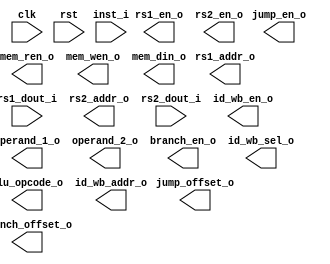
module si_inst_decode #(
    parameter INST_DW   = 32,
    parameter INST_AW   = 32,
    parameter MEM_AW    = 32,
    parameter REG_DW    = 32,
    parameter REG_AW    = 5,
    parameter ALUOP_DW  = 5

) (
    input                   clk,
    input                   rst,
    // instruction
    input   [INST_DW-1:0]   inst_i,
    // regfile
    output                  rs1_en_o,
    output  [REG_AW-1:0]    rs1_addr_o,
    input   [REG_DW-1:0]    rs1_dout_i,
    output                  rs2_en_o,
    output  [REG_AW-1:0]    rs2_addr_o,
    input   [REG_DW-1:0]    rs2_dout_i,
    // alu
    output  [ALUOP_DW-1:0]  alu_opcode_o,
    output  [REG_DW-1:0]    operand_1_o,
    output  [REG_DW-1:0]    operand_2_o,
    output                  branch_en_o,
    output  [INST_AW-1:0]   branch_offset_o,
    output                  jump_en_o,
    output  [INST_AW-1:0]   jump_offset_o,
    // mem-access
    output                  mem_ren_o,
    output                  mem_wen_o,
    output  [INST_DW-1:0]   mem_din_o,
    // write-back
    output                  id_wb_en_o,
    output                  id_wb_sel_o,
    output  [REG_AW-1:0]    id_wb_addr_o 
);

localparam ALU_OP_NOP   = 5'd0 ;
localparam ALU_OP_ADD   = 5'd1 ;
localparam ALU_OP_MUL   = 5'd2 ;
localparam ALU_OP_BNE   = 5'd3 ;
localparam ALU_OP_JAL   = 5'd4 ;
localparam ALU_OP_LUI   = 5'd5 ;
localparam ALU_OP_AUIPC = 5'd6 ;
localparam ALU_OP_AND   = 5'd7 ;
localparam ALU_OP_SLL   = 5'd8 ;
localparam ALU_OP_SLT   = 5'd9 ;
localparam ALU_OP_BLT   = 5'd10 ;

endmodule